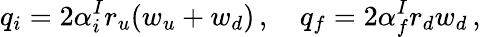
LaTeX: q_{i}=2\alpha_{i}^{I}r_{u}(w_{u}+w_{d})\, ,\quad q_{f}=2\alpha_{f}^{I}r_{d}w_{d}\, ,